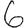
Digit: 6